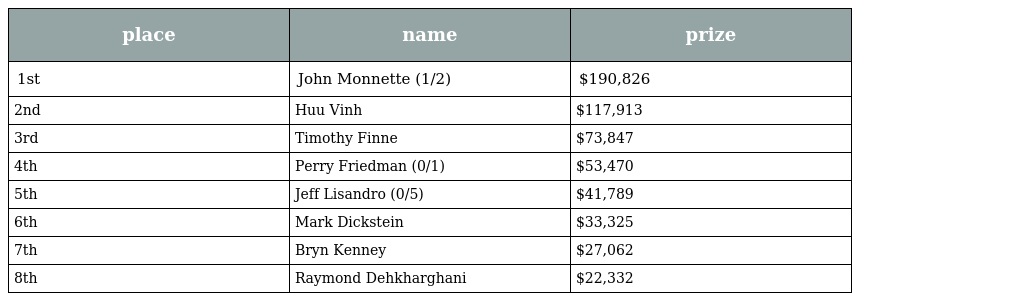
| place | name | prize |
 | --- | --- | --- |
 | 1st | John Monnette (1/2) | $190,826 |
 | 2nd | Huu Vinh | $117,913 |
 | 3rd | Timothy Finne | $73,847 |
 | 4th | Perry Friedman (0/1) | $53,470 |
 | 5th | Jeff Lisandro (0/5) | $41,789 |
 | 6th | Mark Dickstein | $33,325 |
 | 7th | Bryn Kenney | $27,062 |
 | 8th | Raymond Dehkharghani | $22,332 |